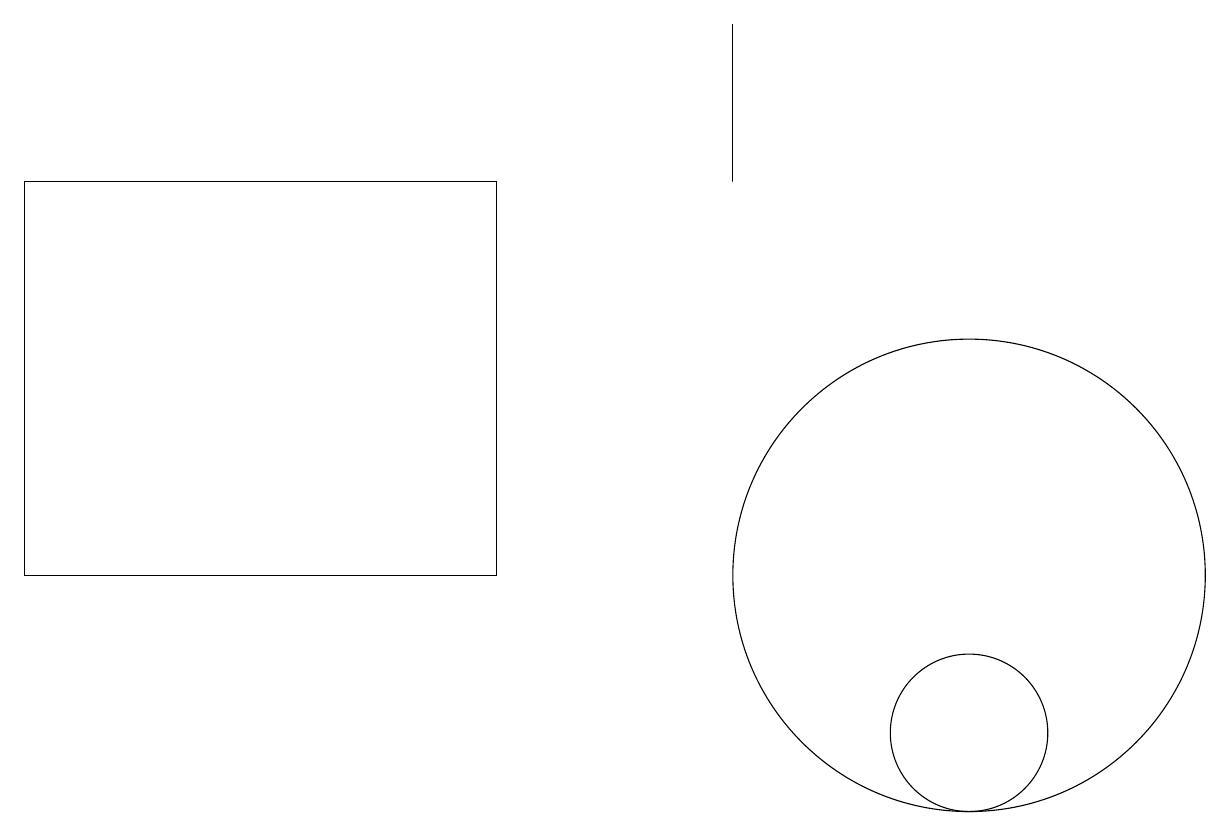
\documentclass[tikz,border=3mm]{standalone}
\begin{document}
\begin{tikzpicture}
\draw (9,19) rectangle (9,17);
\draw (0,12) rectangle (6,17);
\draw (10,10) circle (0);
\draw (12,12) circle (3);
\draw (12,10) circle (1);
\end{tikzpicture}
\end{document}